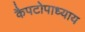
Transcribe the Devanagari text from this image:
कैपटोपाध्याय